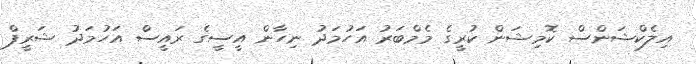
އިލެކްޝަންސް ކޮމިޝަން ކުރީގެ މެމްބަރު އަހުމަދު ނިހާން އީސީގެ ރައީސް އަހުމަދު ޝަރީފް